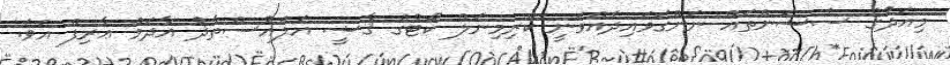
މިއަދުގެ ސެޝަންތައް ނަންގަވައިދެއްވަނީ ކްރިމިނަލް ކޯޓުގެ ޤާޟީ އަލްއުސްތާޛު އާދަމް ޢާރިފް އެވެ.